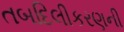
તબદિલીકરણની